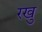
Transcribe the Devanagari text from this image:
रखु